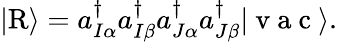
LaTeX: \vert\mathrm{R}\rangle={a}_{I\alpha}^{\dagger}{a}_{I\beta}^{\dagger}{a}_{J\alpha}^{\dagger}{a}_{J\beta}^{\dagger}\vert\mathrm{~v~a~c~}\rangle.